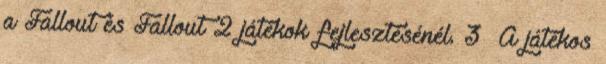
a Fallout és Fallout 2 játékok fejlesztésénél. 3 A játékos